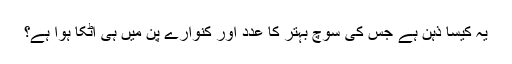
یہ کیسا ذہن ہے جس کی سوچ بہتر کا عدد اور کنوارے پن میں ہی اٹکا ہوا ہے؟